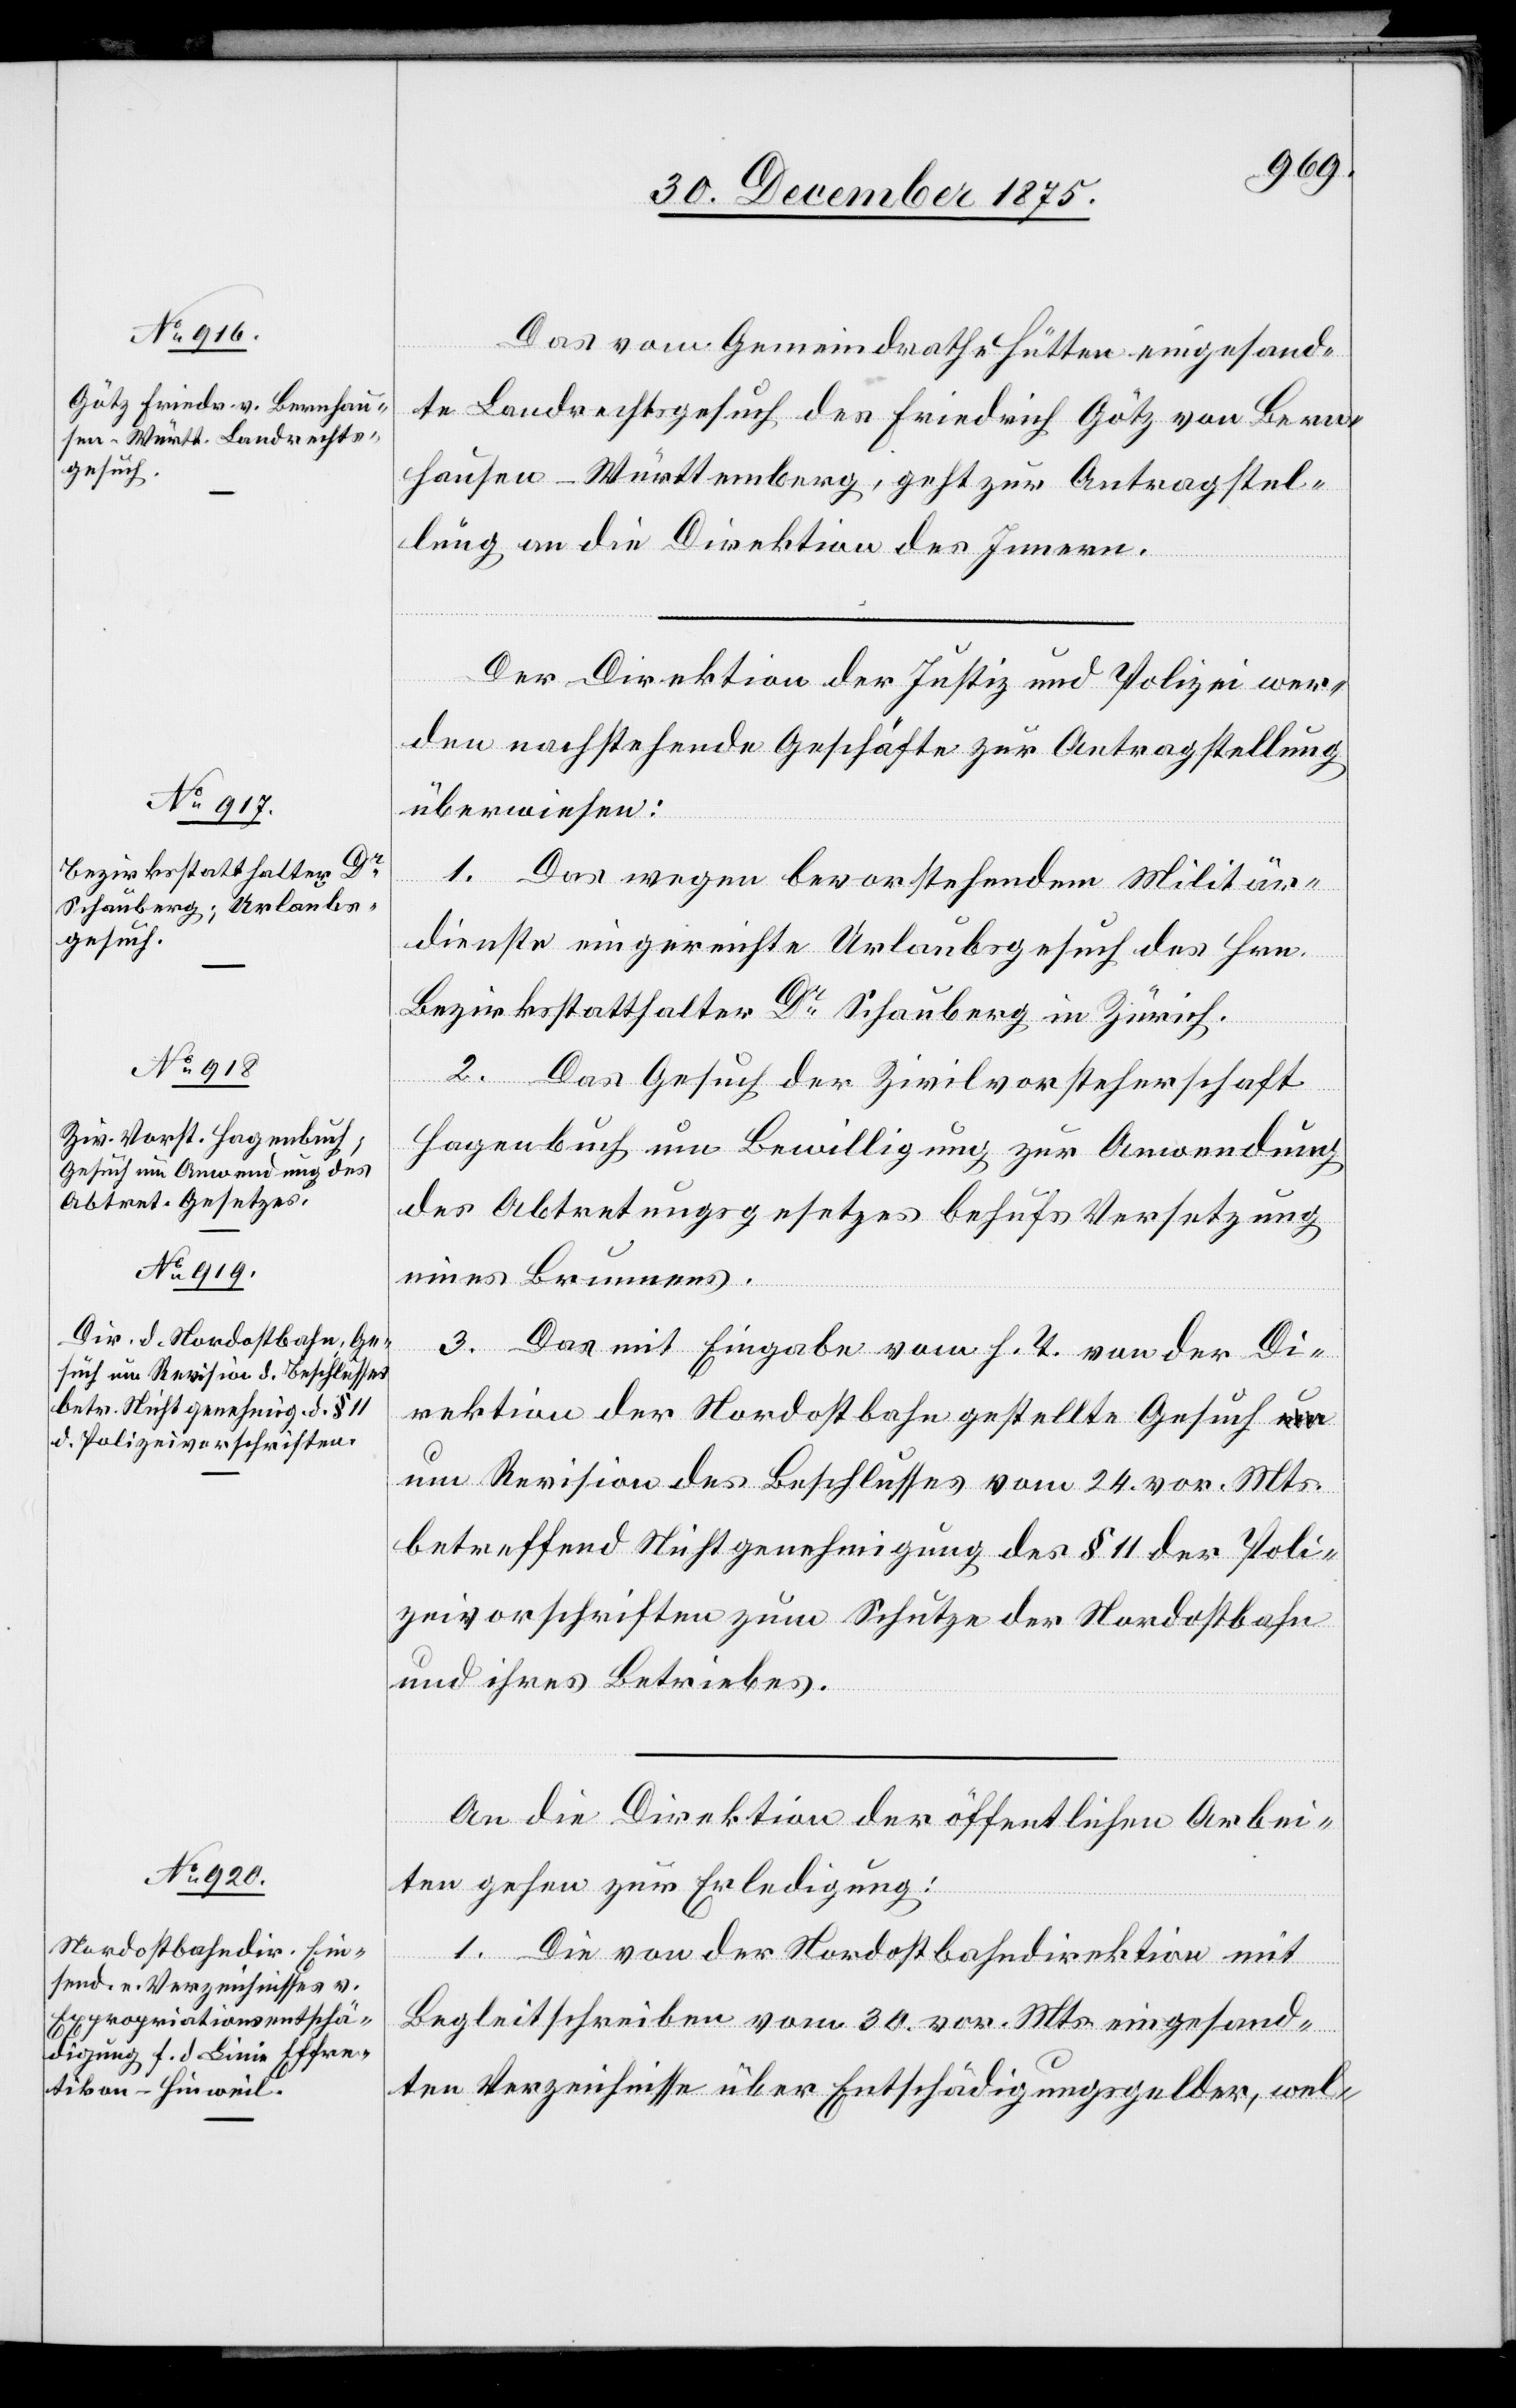
Das vom Gemeindrathe Hütten eingesand¬
te Landrechtsgesuch des Friedrich Götz von Bern¬
hausen - Württemberg, geht zur Antragstel¬
lung, an die Direktion des Innern.
Der Direktion der Justiz und Polizei wer¬
den nachstehende Geschäfte zur Antragstellung
überwiesen:
1. Das wegen bevorstehendem Militär¬
dienste eingereichte Urlaubsgesuch des Hrn.
Bezirksstatthalter Dr Schauberg in Zürich.
2. Das Gesuch der Zivilvorsteherschaft
Hagenbuch um Bewilligung zur Anwendung
des Abtretungsgesetzes behufs Versetzung
eines Brunnens.
Januar
3. Das mit Eingabe vom h. T. von der Di¬
rektion der Nordostbahn gestellte Gesuch u¬
m Revision des Beschlusses vom 24. vor. Mts.
betreffend Nichtgenehmigung des § 11 der Poli¬
zeivorschriften zum Schutze der Nordostbahn
und ihres Betriebes.
An die Direktion der öffentlichen Arbei¬
ten gehen zur Erledigung:
1. Die von der Nordostbahndirektion mit
Begleitschreiben vom 30. vor. Mts. eingesand¬
ten Verzeichnisse über Entschädigungsgelder, wel-